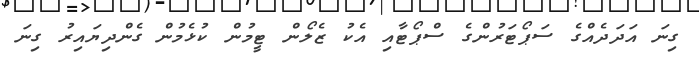
ގިނަ އަދަދެއްގެ ސަޕޯޓަރުންގެ ސްޕޯޓާއި އެކު ޒެލޯން ޓީމުން ކުޅެމުން ގެންދިޔައިރު ގިނަ